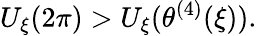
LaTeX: U_{\xi}(2\pi)>U_{\xi}(\theta^{(4)}(\xi)).